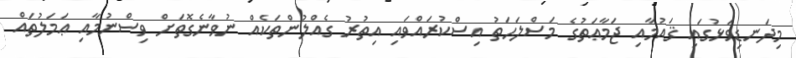
މިދަނޑިވަޅުގައި ޤައުމާއި ޖަމާޢަތުގެ މަސްލަޙަތު އިސްކުރައްވައި އިތުރު ގެއްލުންތަކެއް ނުވާނެގޮތަށް ވިސްނުމާއި ޢަމަލުތައް